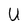
Character: U